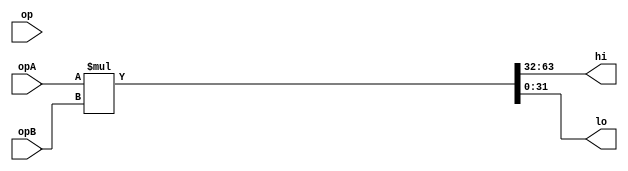

/****************************************************************************
          MUL/DIV unit

Operation table

   op
   0    MULTU
   1    MULT
****************************************************************************/
module mul(
            opA, opB, 
            op,                 //is_signed
            hi, lo);
parameter WIDTH=32;

input [WIDTH-1:0] opA;
input [WIDTH-1:0] opB;
input op;

output [WIDTH-1:0] hi;
output [WIDTH-1:0] lo;

wire is_signed;
assign is_signed=op;

wire dum,dum2;

wire [2*WIDTH-1:0] mult_0;

assign mult_0 = opA * opB;

assign hi = mult_0[2*WIDTH-1 : WIDTH];
assign lo = mult_0[WIDTH-1 : 0];

/*

    lpm_mult	lpm_mult_component (
        .dataa ({is_signed&opA[WIDTH-1],opA}),
        .datab ({is_signed&opB[WIDTH-1],opB}),
        .result ({dum2,dum,hi,lo})
        // synopsys translate_off
        ,
        .clken (1'b1),
        .clock (1'b0),
        .sum (1'b0),
        .aclr (1'b0)
        // synopsys translate_on
    );
    defparam
        lpm_mult_component.lpm_widtha = WIDTH+1,
        lpm_mult_component.lpm_widthb = WIDTH+1,
        lpm_mult_component.lpm_widthp = 2*WIDTH+2,
        lpm_mult_component.lpm_widths = 1,
        lpm_mult_component.lpm_pipeline = 0,
        lpm_mult_component.lpm_type = "LPM_MULT",
        lpm_mult_component.lpm_representation = "SIGNED",
        lpm_mult_component.lpm_hint = "MAXIMIZE_SPEED=6";
*/

endmodule